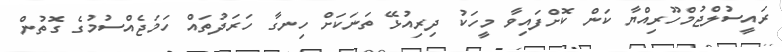
ރައީސުލްޖުމްހޫރިއްޔާ ކަން ކޮށްފައިވާ މީހަކު ދިރިއުޅޭ ތަނަކަށް ހިނގާ ހަރަދުތައް ހަމަޖެއްސުމުގެ ގޮތުން